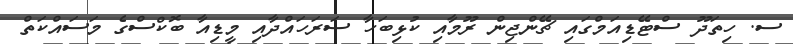
ސ. ހިތަދޫ ސްޓޭޑިއަމްގައި ޗޭންޖިން ރޫމާއި ކުޅިބަހާ ސަރަހައްދާއި މީޑިއާ ބޮކްސްގެ މަސައްކަތް